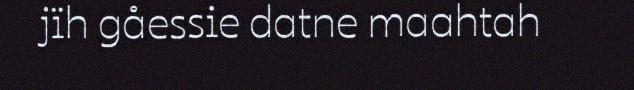
jïh gåessie datne maahtah